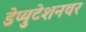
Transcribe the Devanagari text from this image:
डेप्युटेशनवर